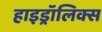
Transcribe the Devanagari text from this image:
हाइड्रॉलिक्स